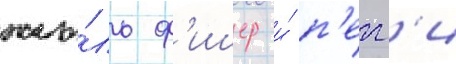
жю́ль ф'ишер и́ п'егг'и